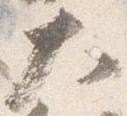
大